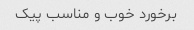
برخورد خوب و مناسب پیک